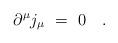
LaTeX: \begin{align*}\partial^\mu j_\mu~=~0~~~. \end{align*}